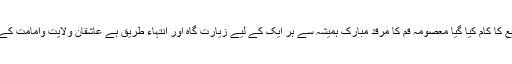
اس کے بعد متعدد بار روضہ مبارک کی تعمیر نو اور توسیع کا کام کیا گیا معصومہ قم کا مرقد مبارک ہمیشہ سے ہر ایک کے لیے زیارت گاہ اور انتہاء طریق ہے عاشقان ولایت وامامت کے لئے یہ بارگاہ دار الشفاء اور دار مراد کا درجہ رکھتی ہے۔